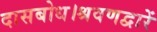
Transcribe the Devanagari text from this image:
दासबोध।श्रवणद्वारें